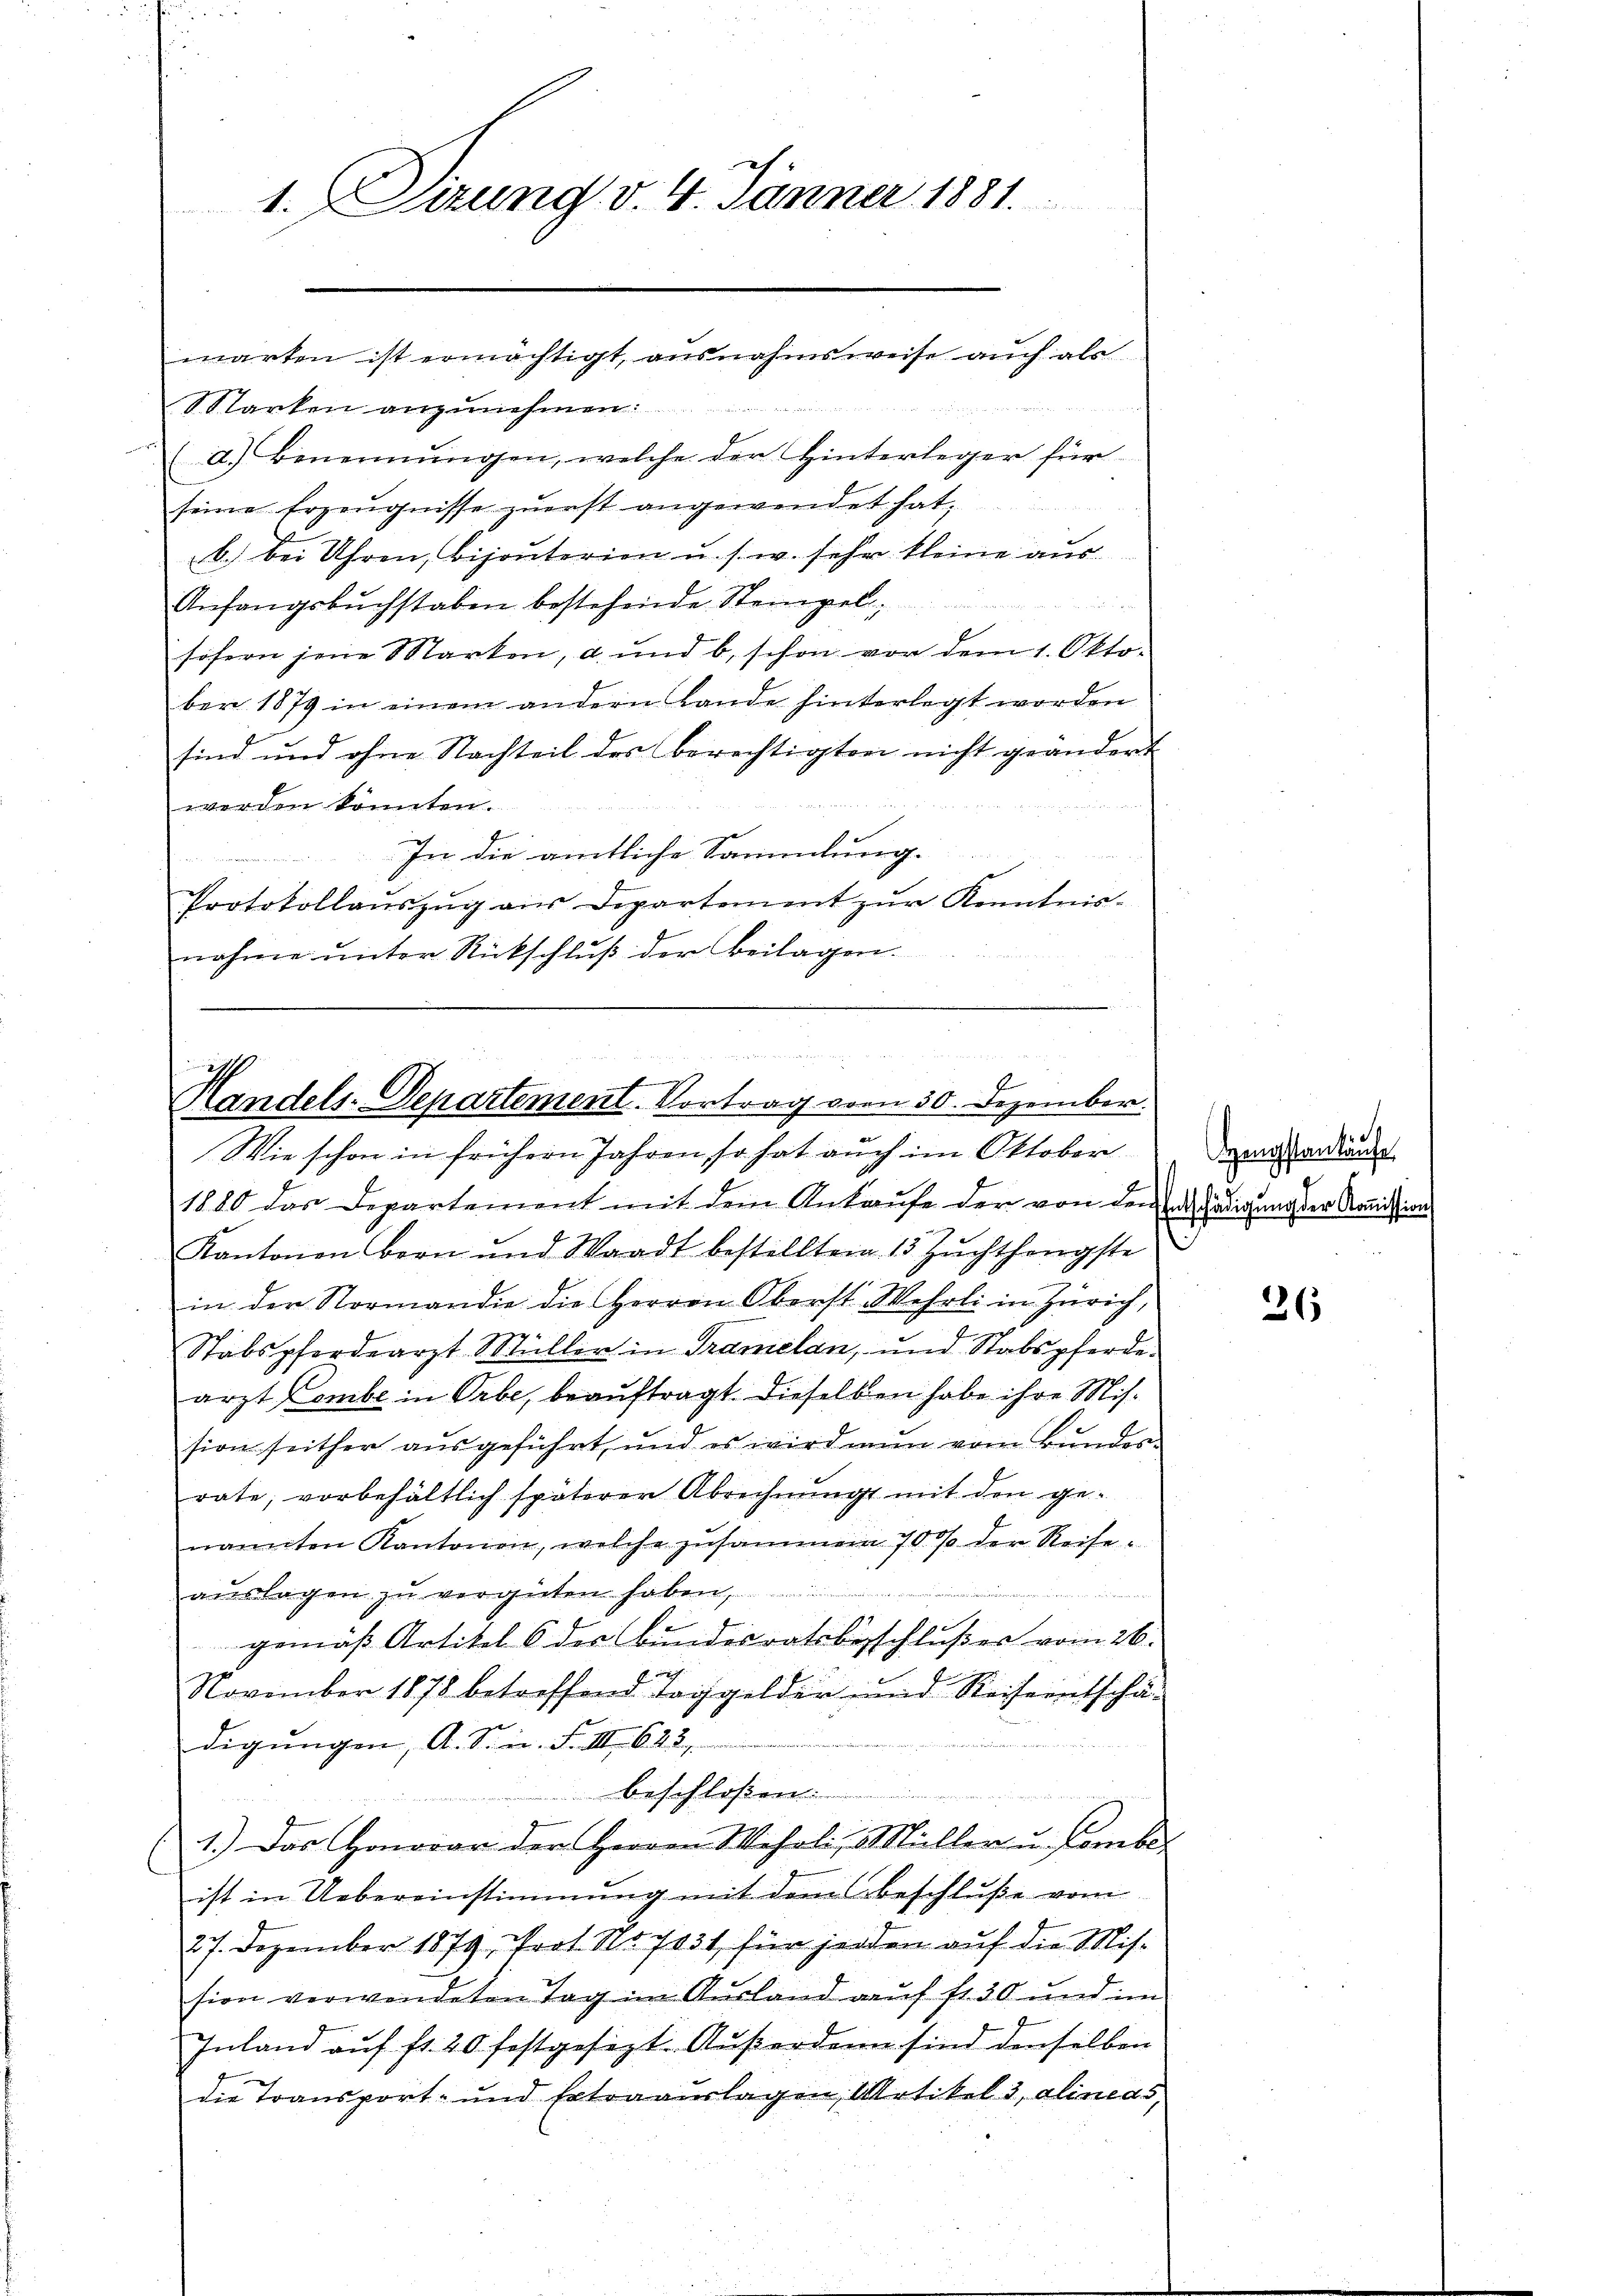
Marken anzunehmen:
(d.) Benennungen, welche der Hinterleger für
seine Erzeugnisse zuerst angewendet hat,
b.) bei Uhren, Bijouterien u. s. w. sehr kleine aus
Anfangsbuchstaben bestehende Stempelsofern jene Marken, a. und b. schon vor dem 1. Okto-
ber 1879 in einem andern Lande hinterlegt worden
sind und ohne Nachteil des Berechtigten nicht geändert

werden könnten.
In die amtliche Sammlung.

Protokollaŭszŭg aŭs Departement zŭr Kenntnis-
nahme unter Rückschluß der Beilagen.

ch
1. Sizung v. 4. Jänner 1881.
warten ist ermächtigt, ausnahmsweise aŭch als

E
Handels-Departement. Vortrag vom 30. Dezember.
Wie schon in frühern Jahren, so hat auch im Oktober

1880 das Departement mit dem Ankaufe der von den Anschädigung der Kommission
Kantonen Bern und Waadt bestellten 15 Zŭchthengste
in der Normandie die Herren Oberst Wehrli in Zürich,
Stabspferdearzt Müller in Tramelan, und Stabspferde.
arzt Combe in Orbe, beauftragt. Dieselben habe ihre Mission seither aŭsgeführt, und es wird nun vom Bundes-
rate, vorbehältlich späterer Abrechnung mit den ge-
nannten Kantonen, welche zusammen 70 % der Reise-
aŭslagen zu vergüten haben,
gemäß Artikel 6 der Bundesratsbeschlußes vom 26.
1 nich
November 1878 betreffend Taggelder und Reiseentschä-
digŭngen, A. Sinn. F. III 622.
beschloßen:
1.) Das Honorar der Herren Wehrli, Müller u. Combe
ist in Uebereinstimmung mit dem beschluße vom
27. Dezember 1879 Prot. No. 7031, für jeden auf die Mission verwendeten Tag im Ausland auf fl. 30 und im
Inland auf fr. 20 festgesezt. Außerdann sind denselben
die Transport- und Extraauslagen, Artikel 3, alineas,

Hengstankäufe

26